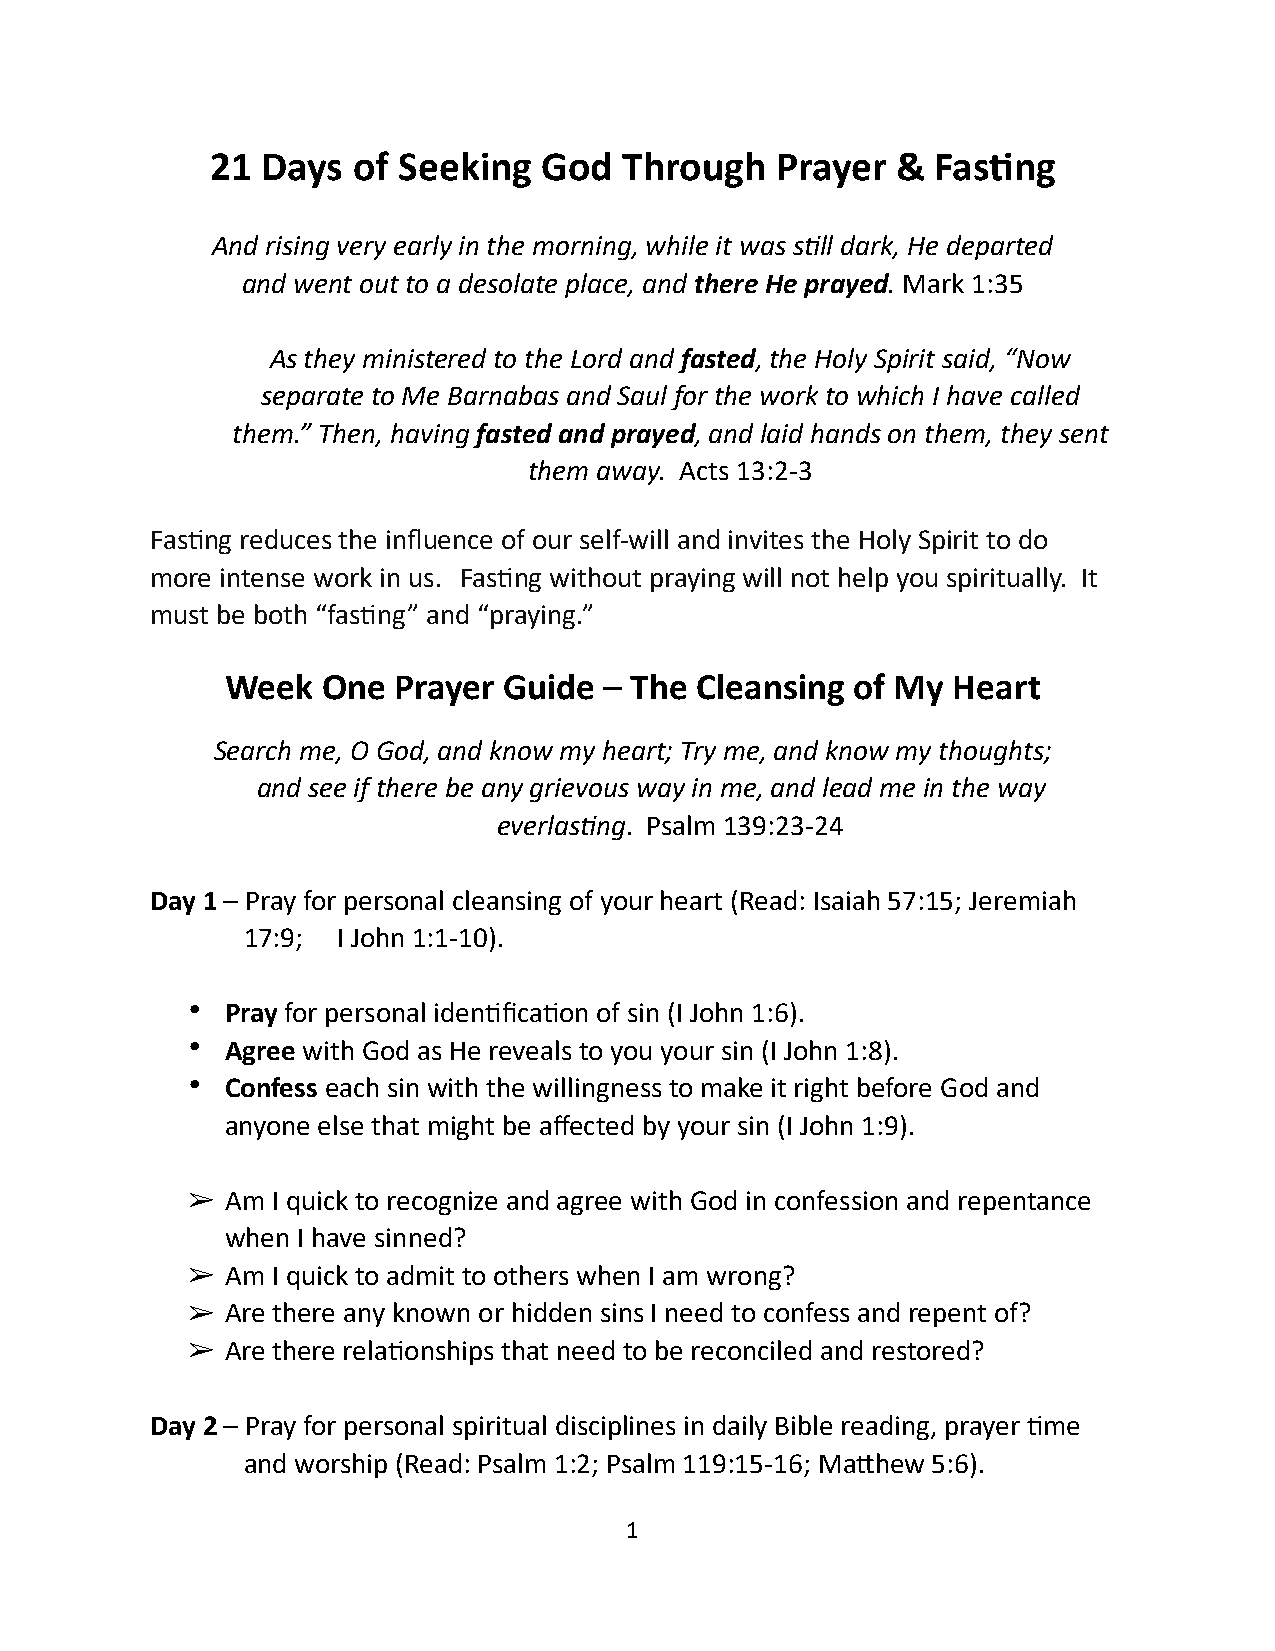
21 Days  of Seeking   God  Through   Prayer  &  Fas9ng
 And rising very early in the morning, while it was s4ll dark, He departed
 and went out to a desolate place, and there He prayed. Mark 1:35
 As they ministered to the Lord and fasted, the Holy Spirit said, “Now
 separate to Me Barnabas and Saul for the work to which I have called
 them.” Then, having fasted and prayed, and laid hands on them, they sent
 them away. Acts 13:2-3
 Fas1ng reduces the influence of our self-will and invites the Holy Spirit to do
 more intense work in us. Fas1ng without praying will not help you spiritually. It
 must be both “fas1ng” and “praying.”
 Week  One  Prayer Guide  – The Cleansing  of My Heart
 Search me, O God, and know my heart; Try me, and know my thoughts;
 and see if there be any grievous way in me, and lead me in the way
 everlas4ng. Psalm 139:23-24
 Day 1 – Pray for personal cleansing of your heart (Read: Isaiah 57:15; Jeremiah
 17:9; I John 1:1-10).
 •  Pray for personal iden1fica1on of sin (I John 1:6).
 •  Agree with God as He reveals to you your sin (I John 1:8).
 •  Confess each sin with the willingness to make it right before God and
 anyone else that might be affected by your sin (I John 1:9).
 ➢  Am I quick to recognize and agree with God in confession and repentance
 when I have sinned?
 ➢  Am I quick to admit to others when I am wrong?
 ➢  Are there any known or hidden sins I need to confess and repent of?
 ➢  Are there rela1onships that need to be reconciled and restored?
 Day 2 – Pray for personal spiritual disciplines in daily Bible reading, prayer 1me
 and worship (Read: Psalm 1:2; Psalm 119:15-16; Ma^hew 5:6).
 1